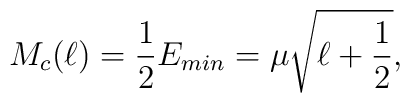
M_{c}(\ell) = \frac{1}{2} E_{min} = \mu \sqrt{\ell + \frac{1}{2}} ,